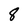
Character: 8